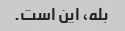
بله، این است.